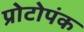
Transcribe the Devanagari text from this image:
प्रोटोपंक